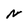
Character: N